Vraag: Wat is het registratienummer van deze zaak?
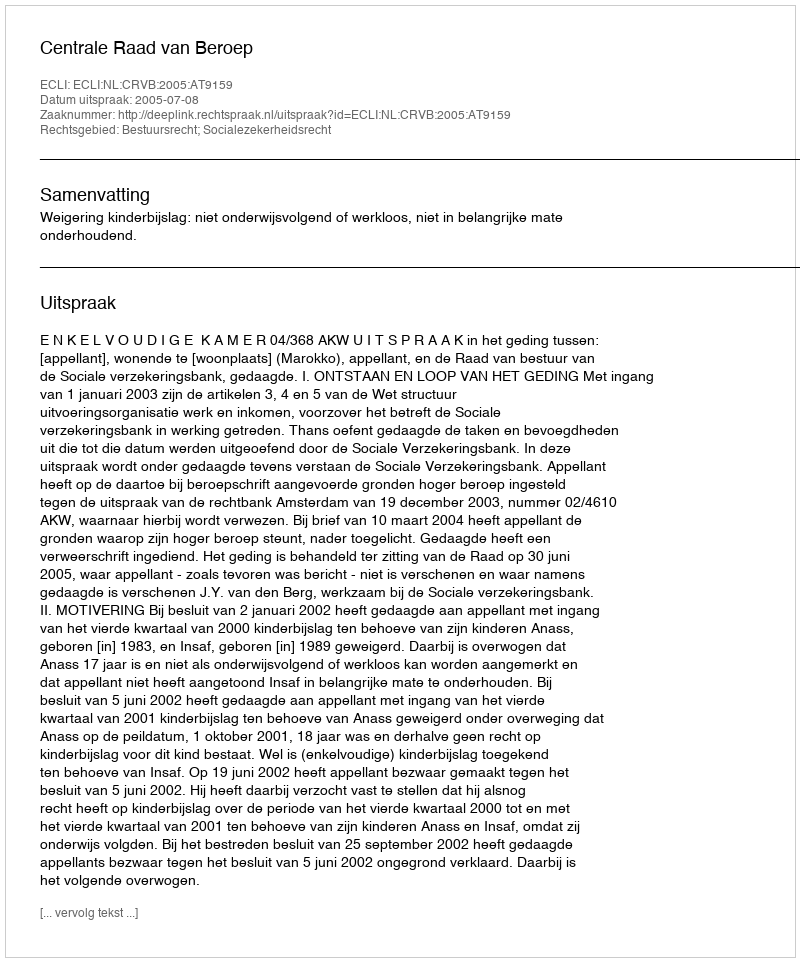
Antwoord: http://deeplink.rechtspraak.nl/uitspraak?id=ECLI:NL:CRVB:2005:AT9159